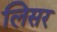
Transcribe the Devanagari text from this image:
लिसर